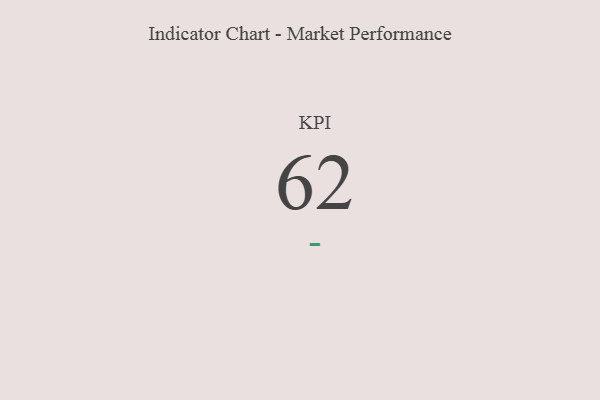
{"axis": {"x": "KPI", "y": "Value"}, "legend": [""], "data": [{"x": "KPI", "y": 62, "type": ""}]}